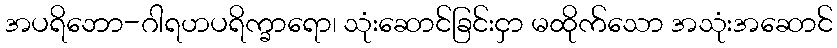
အပရိဘော-ဂါရဟပရိက္ခာရော၊ သုံးဆောင်ခြင်းငှာ မထိုက်သော အသုံးအဆောင်